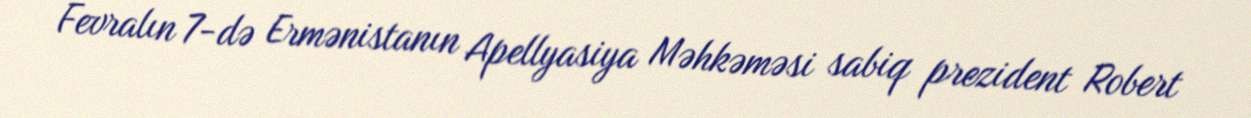
Fevralın 7-də Ermənistanın Apellyasiya Məhkəməsi sabiq prezident Robert